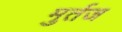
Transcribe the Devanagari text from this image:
मुर्तज